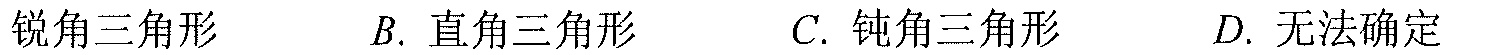
锐角三角形\qquad B. \text{ 直角三角形}\qquad C. \text{ 钝角三角形}\qquad D. \text{ 无法确定}